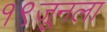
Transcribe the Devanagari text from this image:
१९जूनला